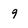
Character: 9